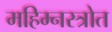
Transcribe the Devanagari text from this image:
महिम्नस्त्रोत